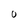
Character: O